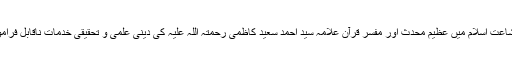
تبلیغ و اشاعت اسلام میں عظیم محدث اور مفسر قرآن علامہ سید احمد سعید کاظمی رحمتہ اللہ علیہ کی دینی علمی و تحقیقی خدمات ناقابل فراموش ہیں۔